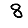
Digit: 8